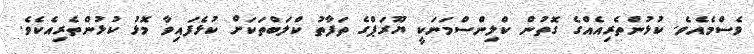
ވެސްމެއެވެ. ކުޅުންތެރިއެއްގެ ގޮތުން ކްލިންސްމަނަކީ ޔޫރަޕްގެ ތަފާތު ކްލަބްތަކަށް ކުޅެފައިވާ މޮޅު ކުޅުންތެރިއެކެވެ.